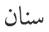
سنان